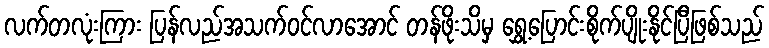
လက်တလုံးကြား ပြန်လည်အသက်ဝင်လာအောင် တန်ဖိုးသိမှ ရွှေ့ပြောင်းစိုက်ပျိုးနိုင်ပြီဖြစ်သည်